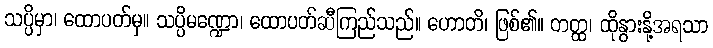
သပ္ပိမှာ၊ ထောပတ်မှ။ သပ္ပိမဏ္ဍော၊ ထောပတ်ဆီကြည်သည်။ ဟောတိ၊ ဖြစ်၏။ တတ္ထ၊ ထိုနွားနို့အရသာ